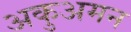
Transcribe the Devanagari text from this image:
अकुअमन